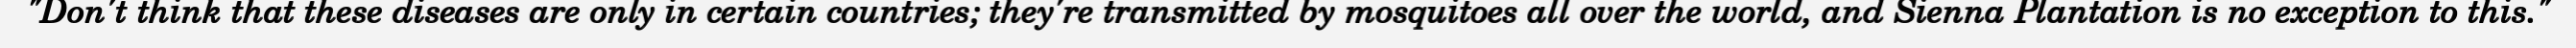
"Don't think that these diseases are only in certain countries; they're transmitted by mosquitoes all over the world, and Sienna Plantation is no exception to this."